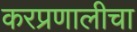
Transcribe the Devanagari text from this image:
करप्रणालीचा